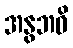
အနွဘဝိ